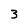
Character: 3